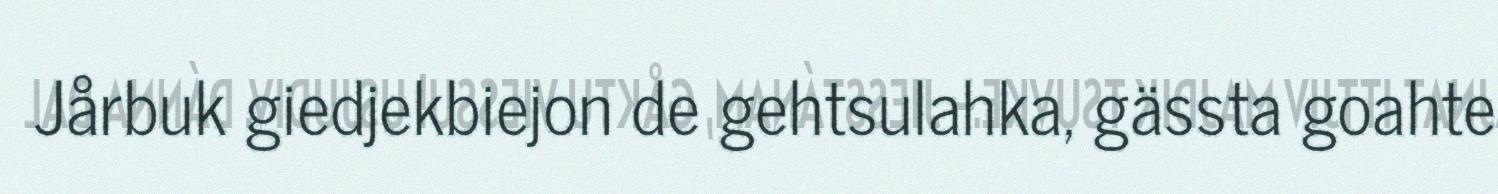
Jårbuk giedjekbiejon de gehtsulahka, gässta goahte